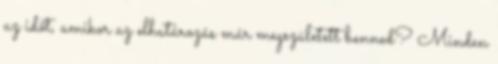
az időt, amikor az elhatározás már megszületett benned? Minden